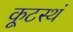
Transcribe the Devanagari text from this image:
कूटस्थं